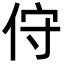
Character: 㑏